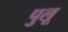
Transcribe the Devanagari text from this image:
पुलू